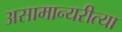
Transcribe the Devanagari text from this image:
असामान्यरीत्या